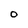
Character: 0